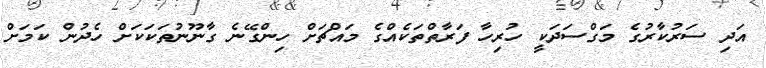
އަދި ސަރުކާރުގެ މަގްސަދަކީ ހުރިހާ ފަރާތްތަކެއްގެ މައްޗަށް ހިންގޭނެ ގާނޫނުތަކަކަށް ހެދުން ކަމަށް